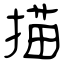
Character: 描